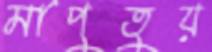
মাপুতুয়